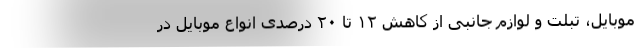
موبایل، تبلت و لوازم جانبی از کاهش ۱۲ تا ۲۰ درصدی انواع موبایل در